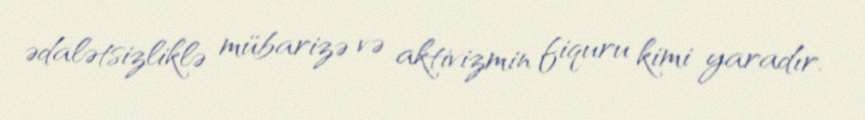
ədalətsizliklə mübarizə və aktivizmin fiquru kimi yaradır.